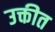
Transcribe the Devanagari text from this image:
उक्तीत